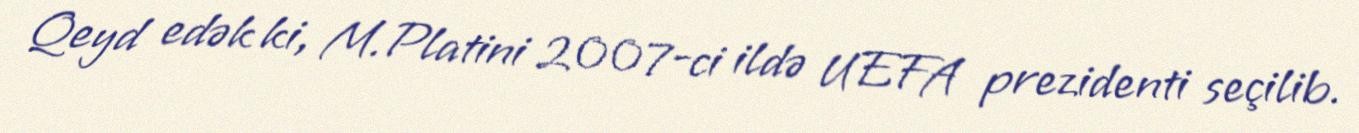
Qeyd edək ki, M.Platini 2007-ci ildə UEFA prezidenti seçilib.